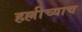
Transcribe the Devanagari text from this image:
हल्लीच्याच